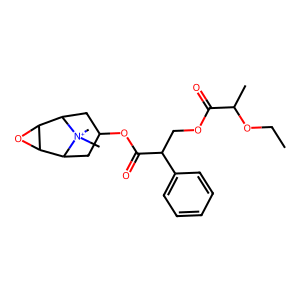
SMILES: CCOC(C)C(=O)OCC(C(=O)OC1CC2C3OC3C(C1)[N+]2(C)C)c1ccccc1
Inhibits HIV replication: No